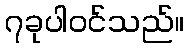
၇ခုပါဝင်သည်။